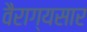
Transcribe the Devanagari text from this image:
वैराग्यसार